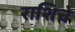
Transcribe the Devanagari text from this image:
राशिचे